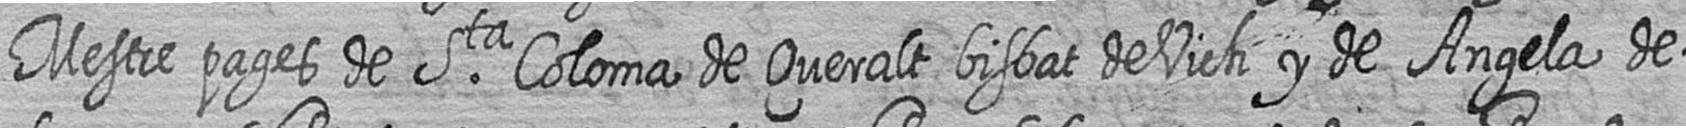
Mestre pages de Sta Coloma de Queralt bisbat de Vich y de Angela de=